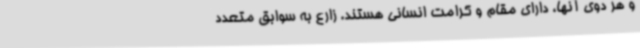
و هر دوی آنها، دارای مقام و کرامت انسانی هستند. زارع به سوابق متعدد